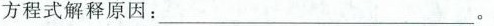
方程式解释原因：________________________。